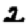
Digit: 2